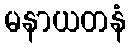
မနာယတနံ